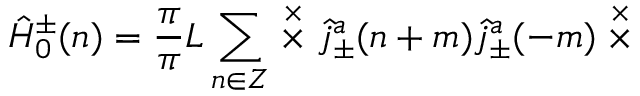
\hat { \cal H } _ { 0 } ^ { \pm } ( n ) = \frac { \pi } { \pi } { L } \sum _ { n \in \cal Z } \stackrel { \times } { \times } \hat { j } _ { \pm } ^ { a } ( n + m ) \hat { j } _ { \pm } ^ { a } ( - m ) \stackrel { \times } { \times }